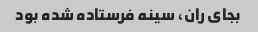
بجای ران، سینه فرستاده شده بود